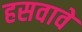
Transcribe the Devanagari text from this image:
हसवावे